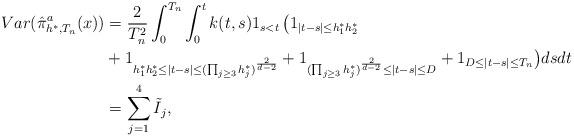
LaTeX: \begin{align*}Var(\hat{\pi}^a_{h^*, T_n}(x)) & = \frac{2}{T_n^2} \int_0^{T_n} \int_0^{t}k(t,s) 1_{s < t} \, \big(1_{|t -s| \le h_1^* h_2^* } \\& + 1_{ h_1^* h_2^* \le |t -s| \le (\prod_{j \ge 3} h_j^*)^{\frac{2}{d-2}} } + 1_{(\prod_{j \ge 3} h_j^*)^{\frac{2}{d-2}} \le |t -s| \le D } + 1_{D \le |t -s| \le T_n } \big) ds dt \\& = \sum_{j = 1}^4 \tilde{I}_j, \end{align*}